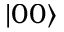
| 0 0 \rangle